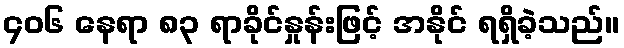
၄၀၆ နေရာ ၈၃ ရာခိုင်နှုန်းဖြင့် အနိုင် ရရှိခဲ့သည်။